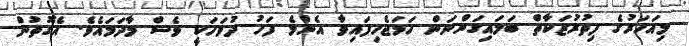
މިއަހަރުގެ ފިތުރުޒަކާތް ބަލައިގަންނަން ހަމަޖެހިފައިވާ އެންމެ ފަހު ދުވަހަކީ ވެސް މާދަމައެވެ. އެގޮތުން